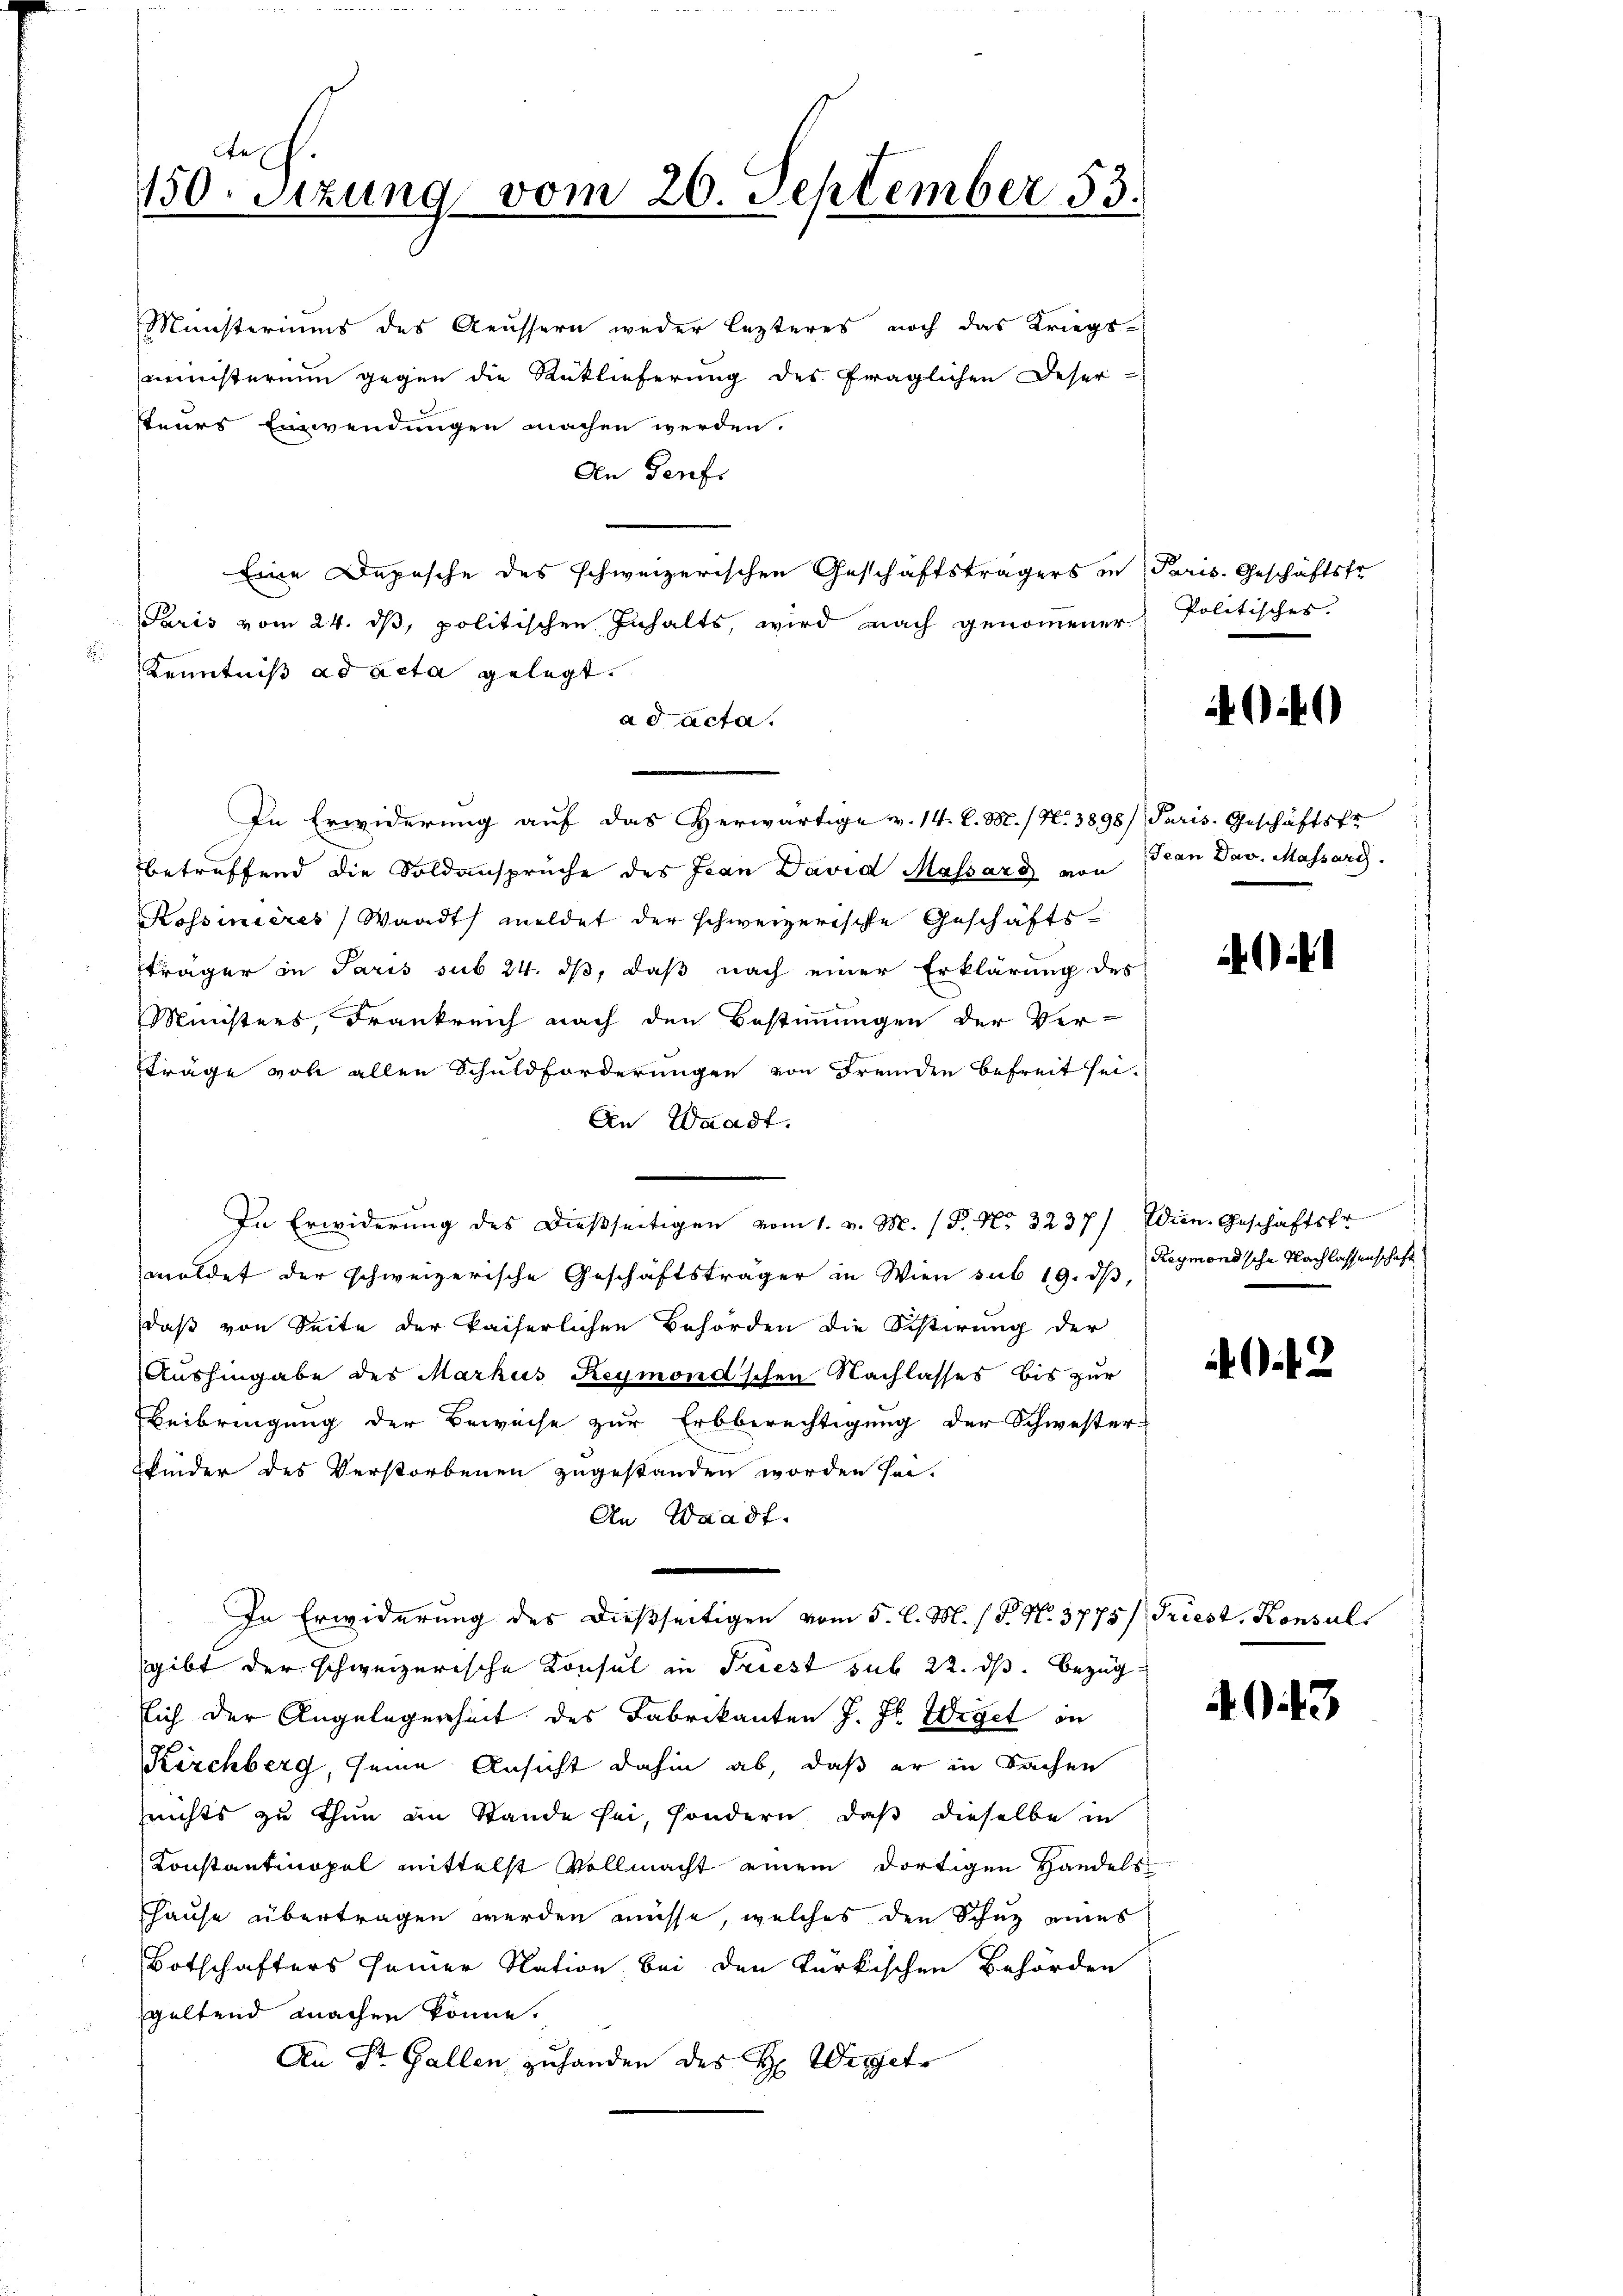
150. Sitzung vom 20. September 53.

Ministeriums des Aeussern weder lezteres noch das Kriegs-
ministerium gegen die Rücklieferung des fraglichen Deser-
teurs Einwendungen machen werden.
An Genf
Eine Depesche des schweizerischen Geschäftsträgers in Paris. Geschäftsfr
Paris vom 24. dβ, politischen Inhalts, wird nach genommener Politisches
 Kenntniß ad acta gelegt.
ad acta.
In Erwiderung auf das Herwärtige v. 14. l. M. / N. 3898) Paris. Geschäftsfr
betreffend die Soldansprüche des Jean David Massard von Jean Dav. Massarg.
Kossinières Waadt meldet der schweizerische Geschäftsträger in Paris sub 24. ds, daß nach einer Erklärung des
Ministers, Frankreich nach den Bestimmungen der Ver-
träge von allen Schuldforderungen von Fremden befreit sei.
An Waadt.
In Erwiderung des dießseitigen vom 1. v. M. (P. Nr. 3237) Wien. Geschäftsfr
moldet der schweizerische Geschäftsträger in Wien sub 19. ds Reymond'sche Nachlassenschaft
daß von Seite der kaiserlichen Behörden die Bestirung der
Aushingabe des Markus Reymond'schen Nachlasses bis zur
Beibringung der Beweise zur Erbberechtigung der Schwester-
kinder des Verstorbenen zugestanden worden sei.
An Waadt.
In Erwiderung des dießseitigen vom 5. l. M. ( P. Nr. 3775/ Friest, Konsul
sgibt der schweizerische Konsul in Friest sub 22. ds. bezüg
sich der Angelegenheit des Fabrikanten J. J. Wiget in
Kirchberg, seine Ansicht dahin ab, daß er in Sachen
Zeichts zu thun in Stande sei, sondern, daß dieselbe in
Konstantinopel mittelst Vollmacht einem dortigen Handels
hause übertragen werden müsse, welches den Schutz eines
Botschafters seiner Nation, bei den türkischen Behörden
geltend machen könne.
An St. Gallen zuhanden des H. Weiget

449

.12

A013